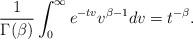
LaTeX: \begin{align*}\frac{1}{\Gamma(\beta)}\int_0^\infty e^{-tv}v^{\beta-1}dv = t^{-\beta}.\end{align*}